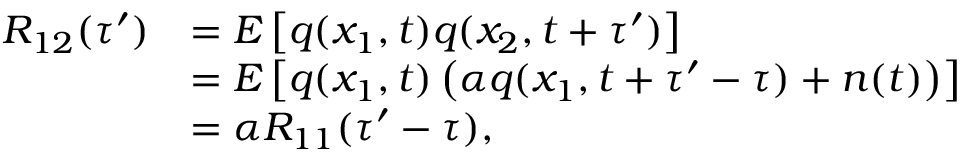
\begin{array} { r l } { R _ { 1 2 } ( \tau ^ { \prime } ) } & { = E \left[ q ( x _ { 1 } , t ) q ( x _ { 2 } , t + \tau ^ { \prime } ) \right] } \\ & { = E \left[ q ( x _ { 1 } , t ) \left( \alpha q ( x _ { 1 } , t + \tau ^ { \prime } - \tau ) + n ( t ) \right) \right] } \\ & { = \alpha R _ { 1 1 } ( \tau ^ { \prime } - \tau ) , } \end{array}